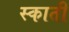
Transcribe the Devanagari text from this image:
स्काती